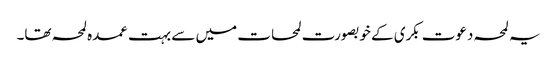
یہ لمحہ دعوت بکری کے خوبصورت لمحات میں سے بہت عمدہ لمحہ تھا۔